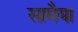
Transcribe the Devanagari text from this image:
सामैया